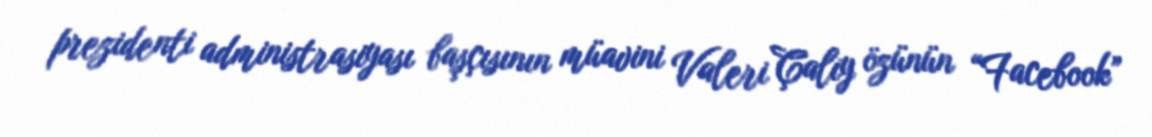
prezidenti administrasiyası başçısının müavini Valeri Çalıy özünün “Facebook”